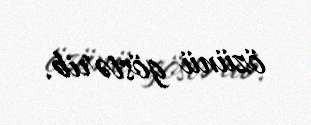
özünü göstərib.